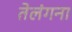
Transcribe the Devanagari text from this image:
तेलंगना